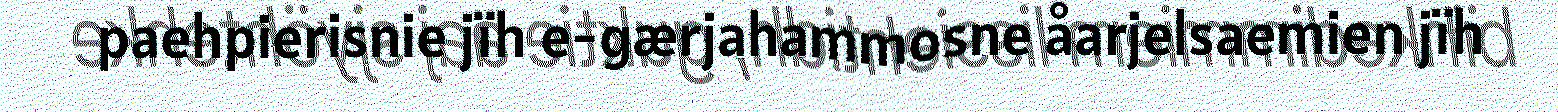
paehpierisnie jïh e-gærjahammosne åarjelsaemien jïh